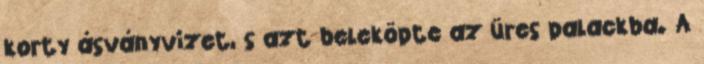
korty ásványvizet, s azt beleköpte az üres palackba. A